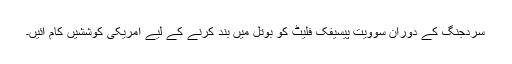
سردجنگ کے دوران سوویت پیسیفک فلیٹ کو بوتل میں بند کرنے کے لیے امریکی کوششیں کام آئیں۔